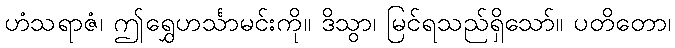
ဟံသရာဇံ၊ ဤရွှေဟင်္သာမင်းကို။ ဒိသွာ၊ မြင်ရသည်ရှိသော်။ ပတိတော၊